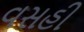
વસહી